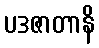
ပဒဇာတာနိ